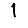
Digit: 1